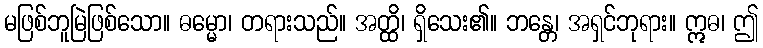
မဖြစ်ဘူမြဲဖြစ်သော။ ဓမ္မော၊ တရားသည်။ အတ္ထိ၊ ရှိသေး၏။ ဘန္တေ၊ အရှင်ဘုရား။ ဣဓ၊ ဤ